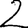
Digit: 2